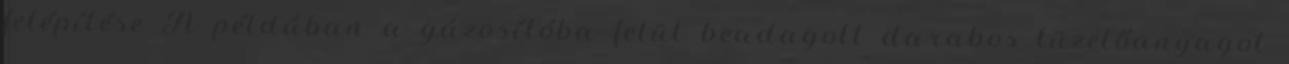
felépítése A példában a gázosítóba felül beadagolt darabos tüzelőanyagot